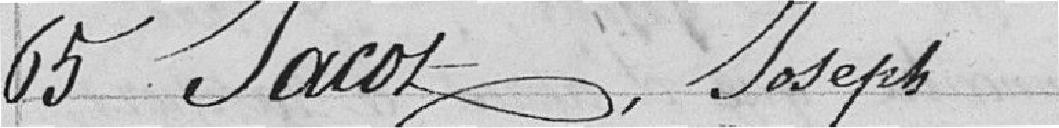
65 Jacot, Joseph